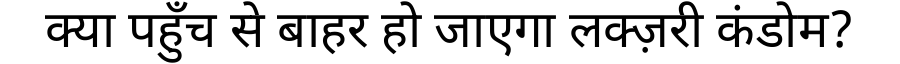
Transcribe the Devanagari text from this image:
क्या पहुँच से बाहर हो जाएगा लक्ज़री कंडोम?